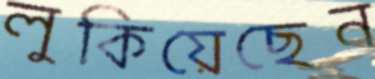
লুকিয়েছেন